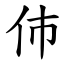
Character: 伂